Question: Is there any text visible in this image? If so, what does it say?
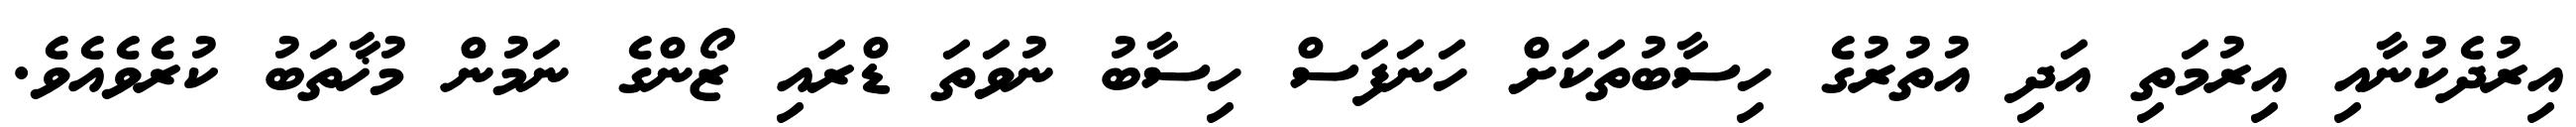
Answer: އިރުދެކުނާއި އިރުމަތި އަދި އުތުރުގެ ހިސާބުތަކަށް ހަނަފަސް ހިސާބު ނުވަތަ ޑްރައި ޒޯންގެ ނަމުން މުޚާތަބު ކުރެވެއެވެ.